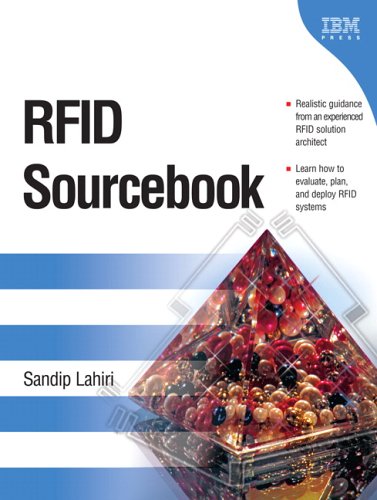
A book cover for RFID Sourcebook; Sandip Lahiri; Computers & Technology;